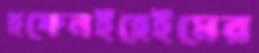
হফেনইহেইমের